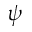
\psi